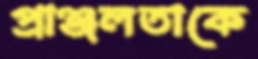
প্রাঞ্জলতাকে